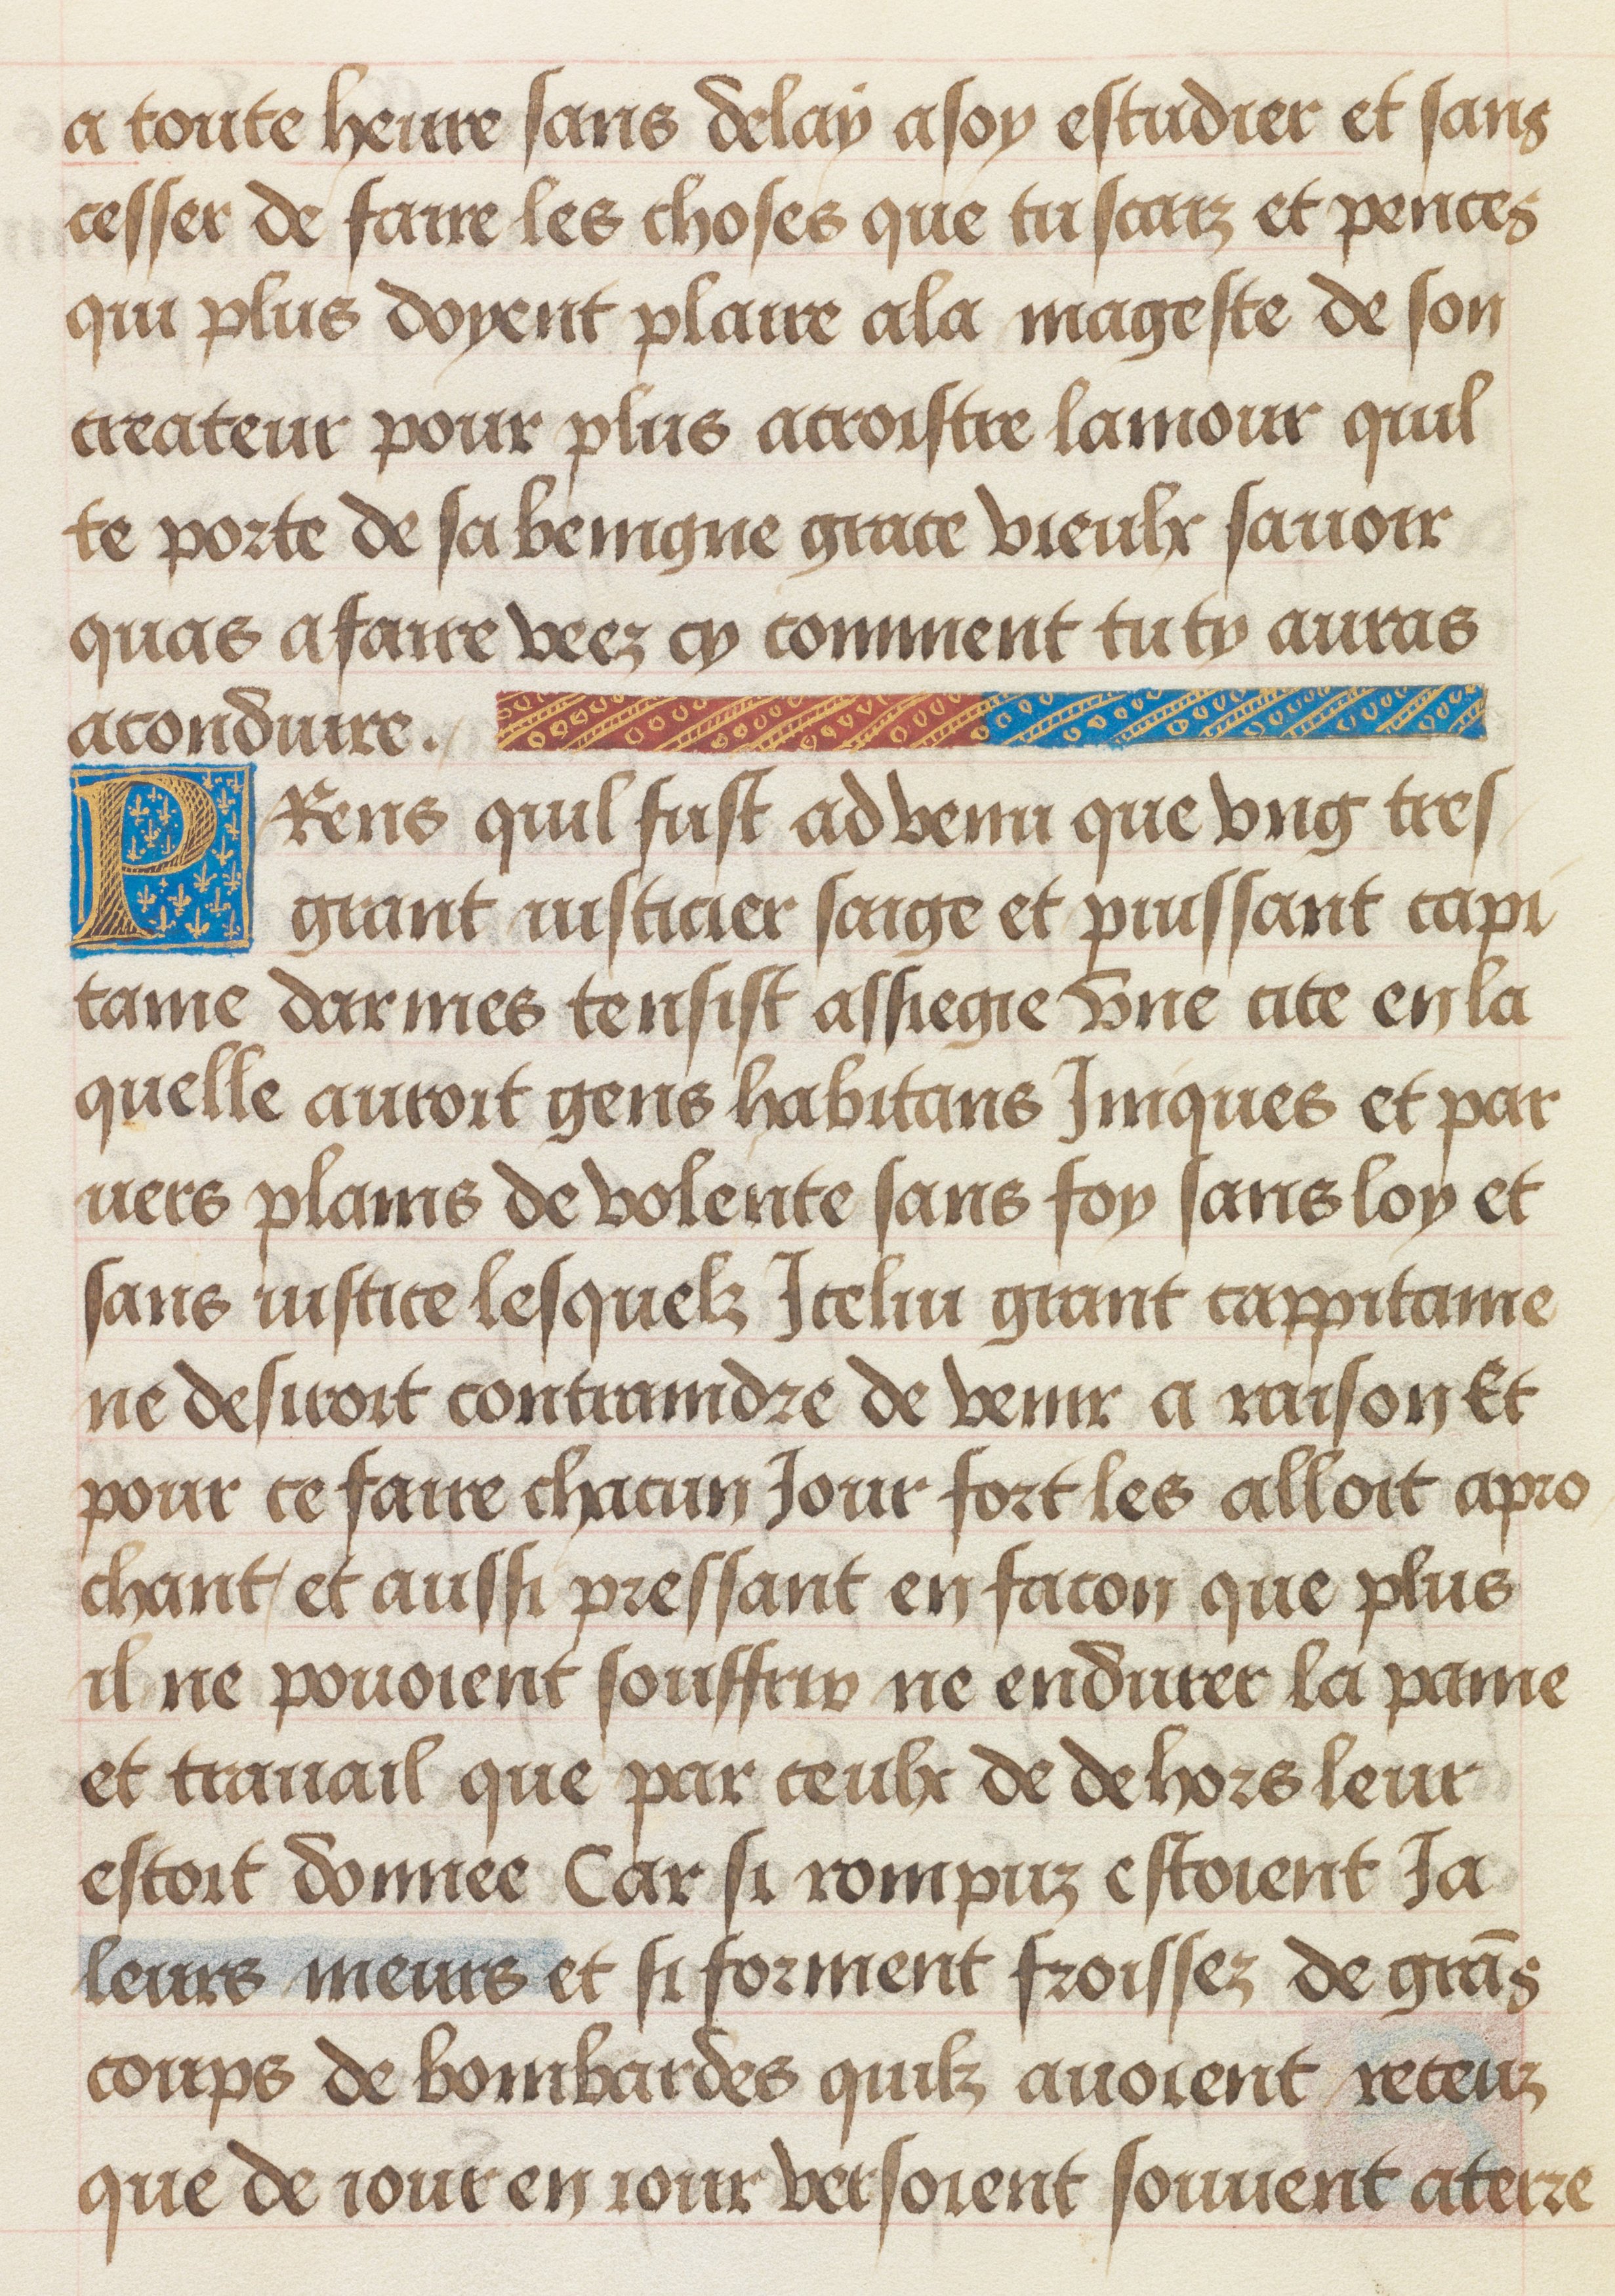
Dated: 1455–1485